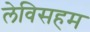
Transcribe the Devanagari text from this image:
लेविसहम